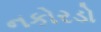
નકોરડો